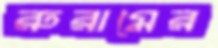
রুরামের